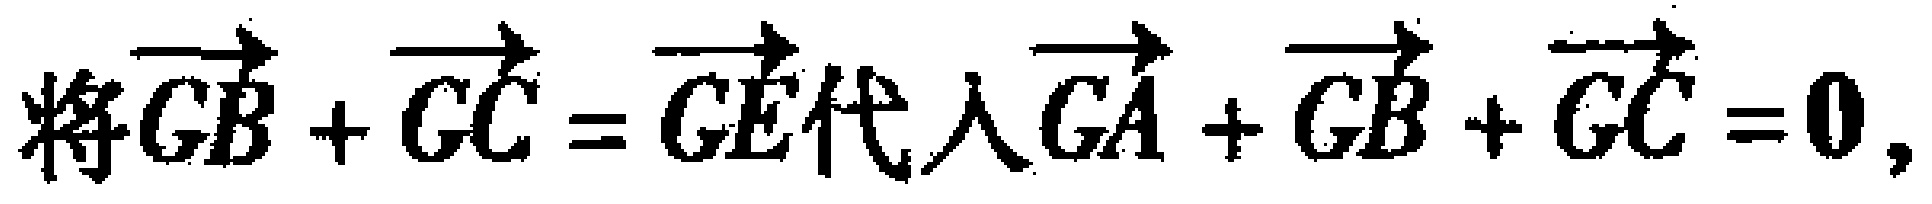
将\(\overrightarrow{GB}+\overrightarrow{GC}=\overrightarrow{GE}\)代入\(\overrightarrow{GA}+\overrightarrow{GB}+\overrightarrow{GC}=\boldsymbol{0}\)，